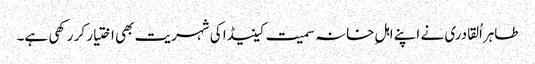
طاہراُلقادری نے اپنے اہلِ خانہ سمیت کینیڈا کی شہریت بھی اختیار کر رکھی ہے۔